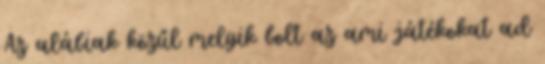
Az alábiak közűl melyik bolt az ami játékokat ad